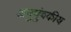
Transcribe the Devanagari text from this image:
अनुचुंबकीय